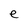
Character: e